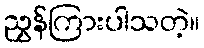
ညွှန်ကြားပါသတဲ့။